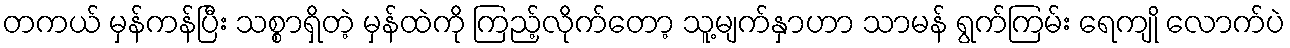
တကယ် မှန်ကန်ပြီး သစ္စာရှိတဲ့ မှန်ထဲကို ကြည့်လိုက်တော့ သူ့မျက်နှာဟာ သာမန် ရွက်ကြမ်း ရေကျို လောက်ပဲ